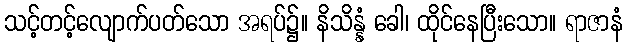
သင့်တင့်လျောက်ပတ်သော အရပ်၌။ နိသိန္နံ ခေါ၊ ထိုင်နေပြီးသော။ ရာဇာနံ